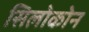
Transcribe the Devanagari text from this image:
सिलोकोन